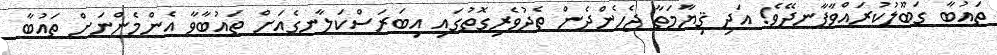
ތައުބާ ގަބޫލުކުރައްވާފާނދޭވެ! އަދި ޤިޔާމަތާ ޖެހެންދެން ތެދުވެރިގޮތުގައި އިބަރަސްކަލާނގެއަށް ތައުބާވާ އެންމެންނަށް ތައުބާ